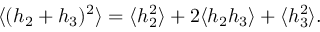
\langle ( h _ { 2 } + h _ { 3 } ) ^ { 2 } \rangle = \langle h _ { 2 } ^ { 2 } \rangle + 2 \langle h _ { 2 } h _ { 3 } \rangle + \langle h _ { 3 } ^ { 2 } \rangle .